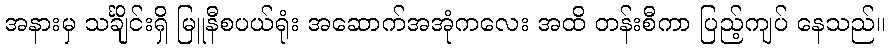
အနားမှ သင်္ချိုင်းရှိ မြူနီစပယ်ရုံး အဆောက်အအုံကလေး အထိ တန်းစီကာ ပြည့်ကျပ် နေသည်။